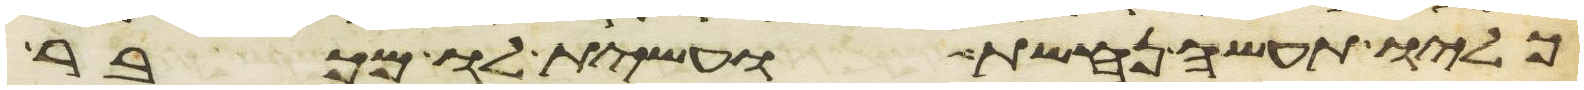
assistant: כליו תעשה נחשת ועשית לו מכבר